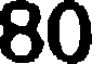
80